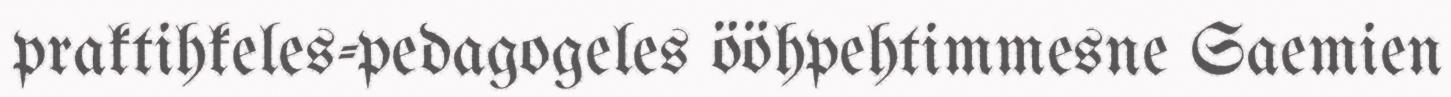
praktihkeles-pedagogeles ööhpehtimmesne Saemien